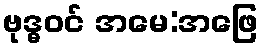
ဗုဒ္ဓဝင် အမေ:အဖြေ